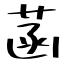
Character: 菡